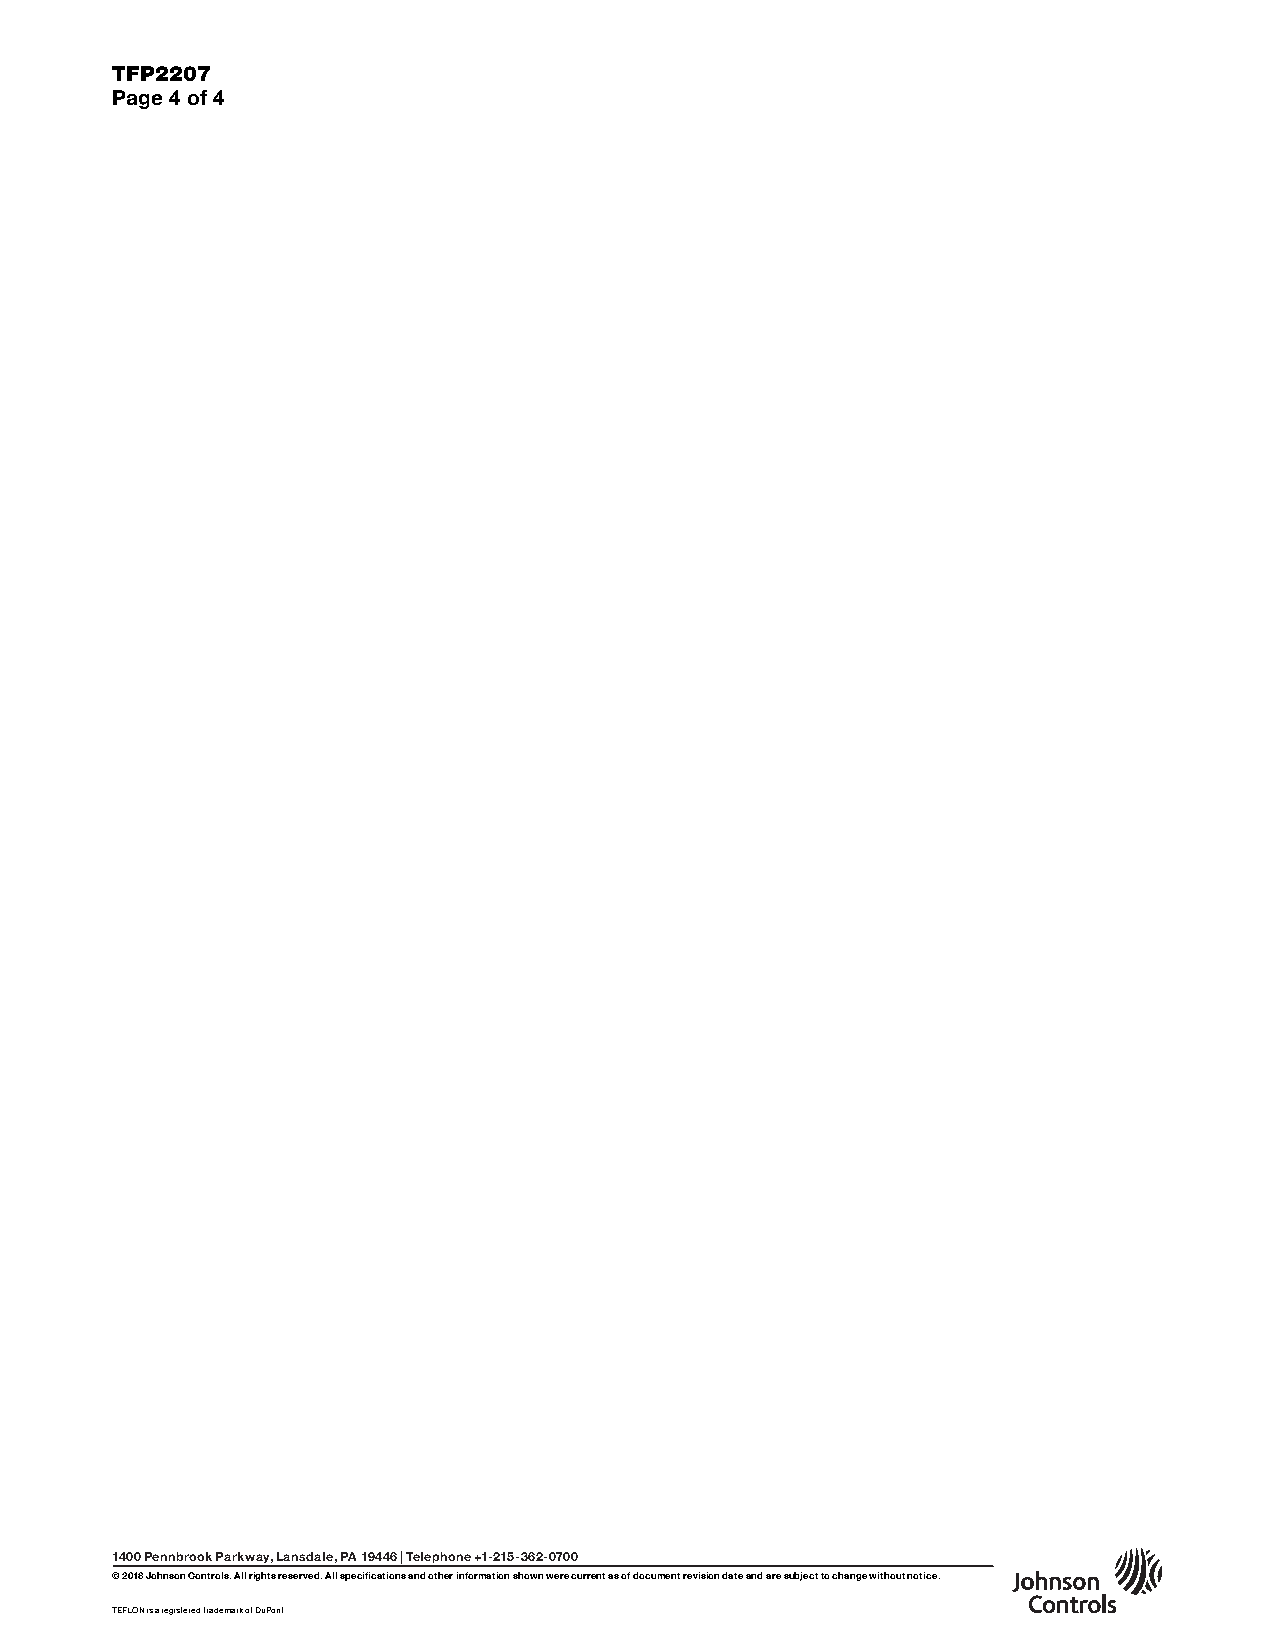
TFP2207
 Page 4 of 4
 1400 Pennbrook Parkway, Lansdale, PA 19446 | Telephone +1-215-362-0700
 © 2018 Johnson Controls. All rights reserved. All specifications and other information shown were current as of document revision date and are subject to change without notice.
 TEFLON is a registered trademark of DuPont